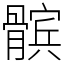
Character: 髌